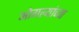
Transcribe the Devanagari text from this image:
ओगल्यांच्या